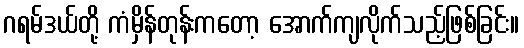
ဂရမ်ဒယ်တို့ ကံမှိန်တုန်းကတော့ အောက်ကျလိုက်သည့်ဖြစ်ခြင်း။